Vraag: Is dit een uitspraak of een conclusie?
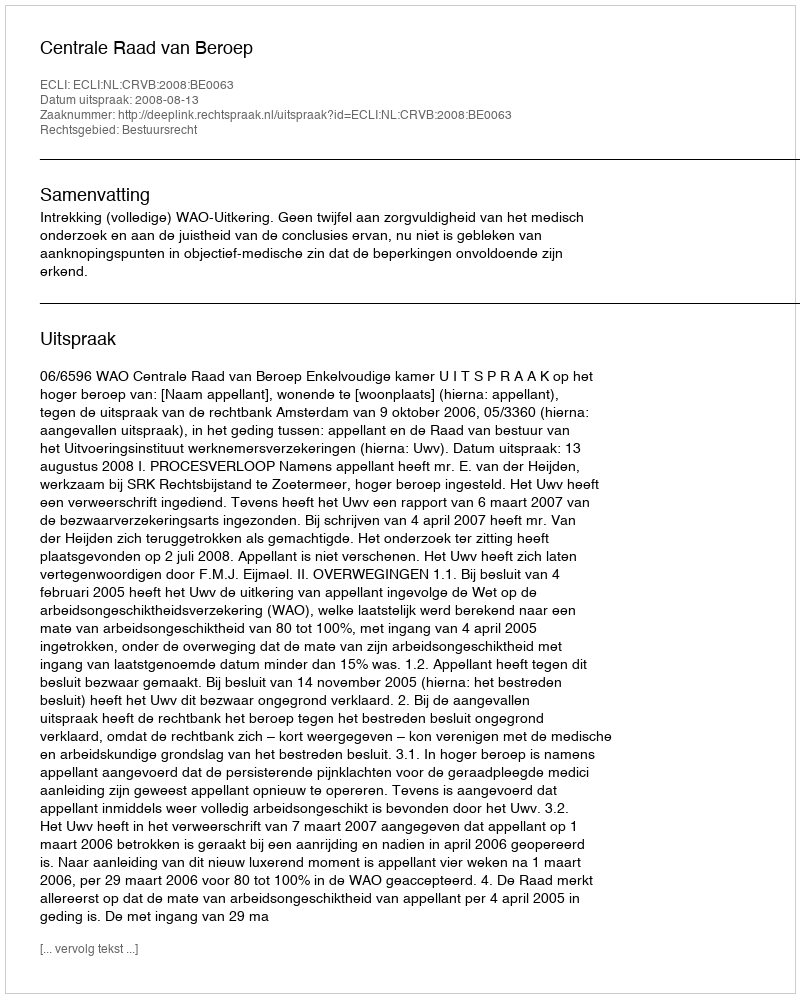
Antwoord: Uitspraak